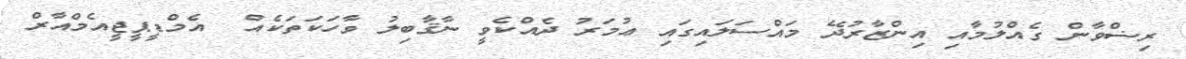
ރިޟްވާން ގެއްލުމާއި އިންޒާރުދޭ މައްސަލައިގައި ޢުމަރު ދެއްކެވީ ނާޤާބިލު ވާހަކަތަކެއް  އެމްޑީޕީޖީއެމްއާރް